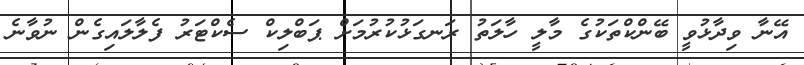
އޭނާ ވިދާޅުވީ ބޭންކްތަކުގެ މާލީ ހާލަތު ރަނގަޅުކުރުމަށް ޕަބްލިކް ސެކްޓަރު ފެލާލައިގެން ނުވާނެ